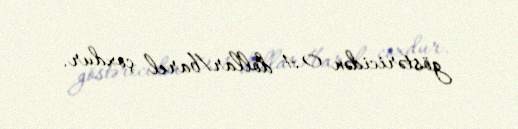
göstəricidən 0,4 dollar/barel çoxdur.